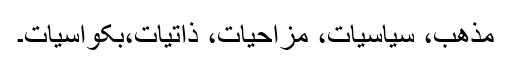
مذھب، سیاسیات، مزاحیات، ذاتیات،بکواسیات۔